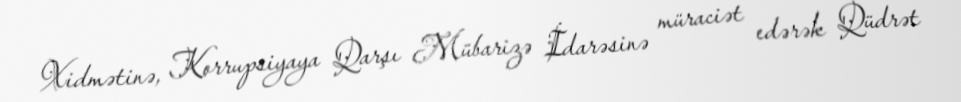
Xidmətinə, Korrupsiyaya Qarşı Mübarizə İdarəsinə müraciət edərək Qüdrət